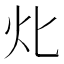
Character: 𤆇